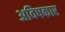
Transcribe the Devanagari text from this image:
अविषकार